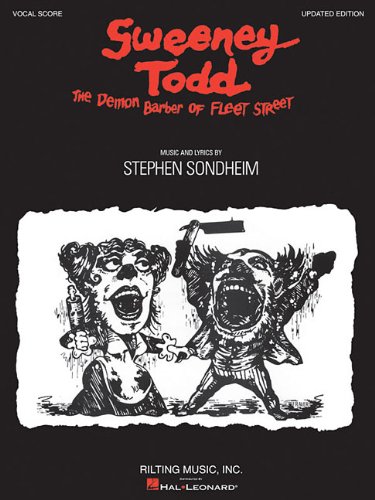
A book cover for Sweeney Todd: Vocal Score; Humor & Entertainment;